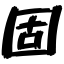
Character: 固